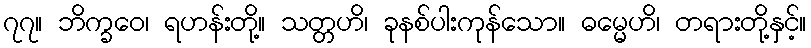
၇၇။ ဘိက္ခဝေ၊ ရဟန်းတို့။ သတ္တဟိ၊ ခုနစ်ပါးကုန်သော။ ဓမ္မေဟိ၊ တရားတို့နှင့်။